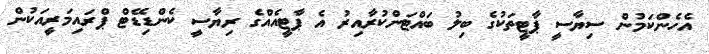
އެހެންކަމުން ސިޔާސީ ޕާޓީތަކުގެ ބިލު ބައްޓަންކުރާއިރު އެ ޕާޓީއެއްގެ ރިޔާސީ ކެންޑިޑޭޓް ޕްރައިމަރީއަކުން